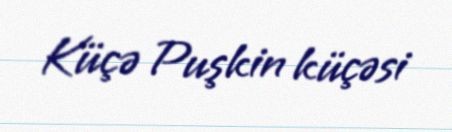
Küçə Puşkin küçəsi